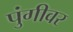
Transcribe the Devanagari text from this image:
पुंगीवर